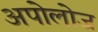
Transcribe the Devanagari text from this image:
अपोलोज